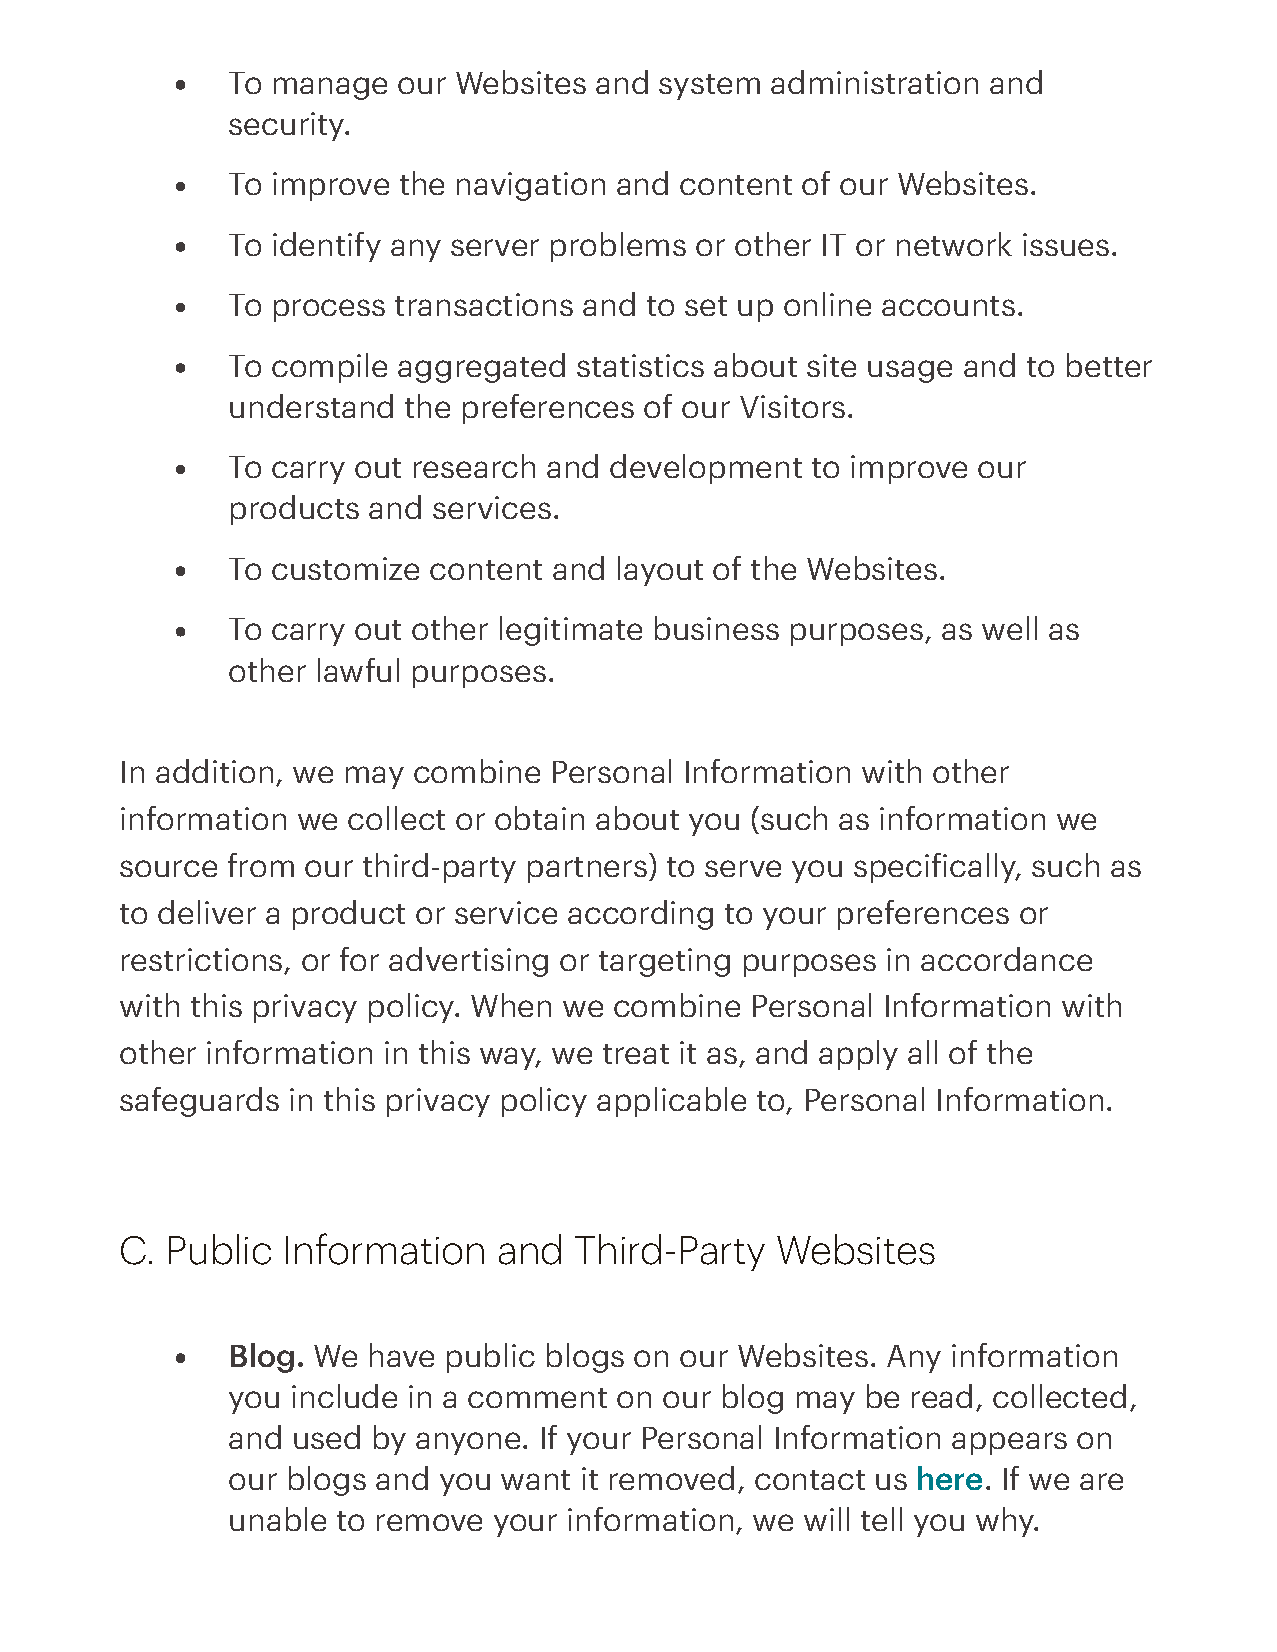
To manage  our Websites and  system administration and
 security.
 To improve the navigation and content of our Websites.
 To identify any server problems or other IT or network issues.
 To process transactions and to set up online accounts.
 To compile aggregated  statistics about site usage and to better
 understand  the preferences of our Visitors.
 To carry out research and development  to improve our
 products and  services.
 To customize content  and layout of the Websites.
 To carry out other legitimate business purposes, as well as
 other lawful purposes.
 In addition, we may combine Personal Information with other
 information we collect or obtain about you (such as information we
 source from our third-party partners) to serve you speciically, such as
 to deliver a product or service according to your preferences or
 restrictions, or for advertising or targeting purposes in accordance
 with this privacy policy. When we combine Personal Information with
 other information in this way, we treat it as, and apply all of the
 safeguards in this privacy policy applicable to, Personal Information.
 C. Public  Information   and  Third-Party  Websites
 Blog. We have public blogs on our Websites. Any information
 you include in a comment  on our blog may be read, collected,
 and used  by anyone. If your Personal Information appears on
 our blogs and you want it removed, contact us here. If we are
 unable to remove  your information, we will tell you why.